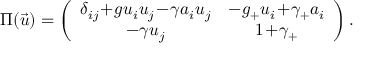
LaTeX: \Pi ( \vec { u } ) = \left( \begin{array} { c c } { { \delta _ { i j } \! + \! g u _ { i } u _ { j } \! - \! \gamma a _ { i } u _ { j } } } & { { - g _ { + } u _ { i } \! + \! \gamma _ { + } a _ { i } } } \\ { { - \gamma u _ { j } } } & { { 1 \! + \! \gamma _ { + } } } \end{array} \right) .